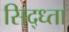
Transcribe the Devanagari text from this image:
सिद्ध्ता